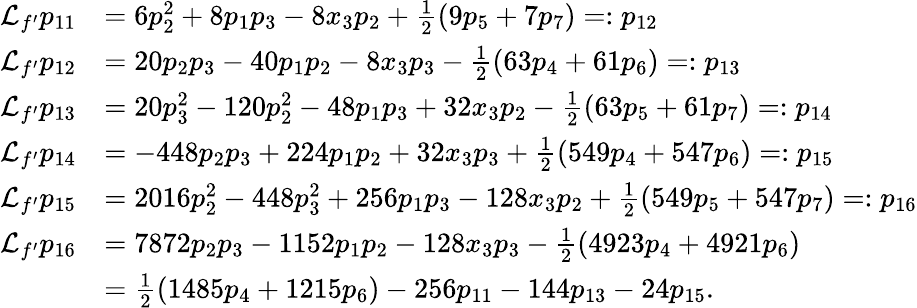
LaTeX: \begin{array}{rl}{{\mathcal{L}}_{f^{\prime}}p_{11}}&{=6p_{2}^{2}+8p_{1}p_{3}-8x_{3}p_{2}+\frac{1}{2}(9p_{5}+7p_{7})=:p_{12}}\\ {{\mathcal{L}}_{f^{\prime}}p_{12}}&{=20p_{2}p_{3}-40p_{1}p_{2}-8x_{3}p_{3}-\frac{1}{2}(63p_{4}+61p_{6})=:p_{13}}\\ {{\mathcal{L}}_{f^{\prime}}p_{13}}&{=20p_{3}^{2}-120p_{2}^{2}-48p_{1}p_{3}+32x_{3}p_{2}-\frac{1}{2}(63p_{5}+61p_{7})=:p_{14}}\\ {{\mathcal{L}}_{f^{\prime}}p_{14}}&{=-448p_{2}p_{3}+224p_{1}p_{2}+32x_{3}p_{3}+\frac{1}{2}(549p_{4}+547p_{6})=:p_{15}}\\ {{\mathcal{L}}_{f^{\prime}}p_{15}}&{=2016p_{2}^{2}-448p_{3}^{2}+256p_{1}p_{3}-128x_{3}p_{2}+\frac{1}{2}(549p_{5}+547p_{7})=:p_{16}}\\ {{\mathcal{L}}_{f^{\prime}}p_{16}}&{=7872p_{2}p_{3}-1152p_{1}p_{2}-128x_{3}p_{3}-\frac{1}{2}(4923p_{4}+4921p_{6})}\\ &{=\frac{1}{2}(1485p_{4}+1215p_{6})-256p_{11}-144p_{13}-24p_{15}.}\end{array}